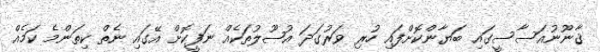
ޤާނޫނުއަސާސީގައި ބަޔާންކޮށްފައި ހުރި ވަރުގަދަ އުޞޫލުތަކެއް ނަފީކޮށް އޭގައި ނެތް ކިތަންމެ ކަމެއް